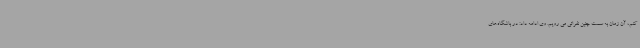
کنم، آن زمان به سمت چنین نفراتی می رویم. وی ادامه داد: در باشگاه‌های